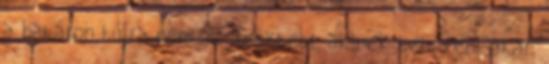
a határon túlra nem az szökteti, akinek tetszeni akar.